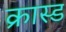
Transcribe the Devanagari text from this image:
क्रास्ड